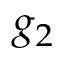
g _ { 2 }